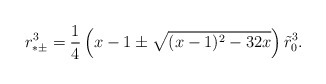
\begin{align*}r^{3}_{*\pm}={1\over 4}\left(x-1\pm\sqrt{(x-1)^{2}-32 x}\right)\tilde{r}_{0}^{3}.\end{align*}